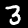
Label: 3